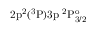
\mathrm { 2 p ^ { 2 } ( ^ { 3 } P ) 3 p ~ ^ { 2 } P _ { 3 / 2 } ^ { o } }